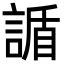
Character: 䛻